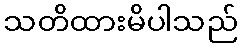
သတိထားမိပါသည်